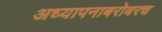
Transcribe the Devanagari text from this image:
अध्‍यापनाबरोबरच